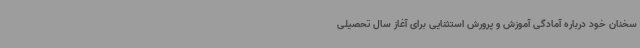
سخنان خود درباره آمادگی آموزش و پرورش استثنایی برای آغاز سال تحصیلی